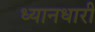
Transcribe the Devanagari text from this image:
ध्यानधारी